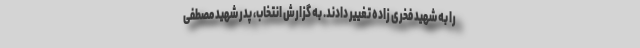
را به شهید فخری زاده تغییر دادند. به گزارش انتخاب، پدر شهید مصطفی